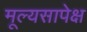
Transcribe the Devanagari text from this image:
मूल्यसापेक्ष